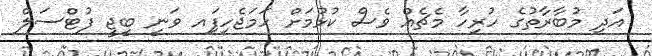
އަދި މުބާރާތުގެ ހުރިހާ މެޗެއް ވެސް ކުޅުމަށް ހަމަޖެހިފަިއ ވަނީ ބީޖީ ފުޓްސަލް